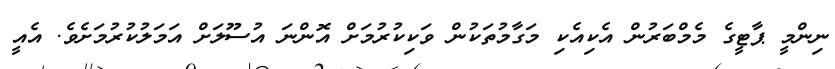
ނިންމީ ޕާޓީގެ މެމްބަރުން އެކިއެކި މަގާމުތަކުން ވަކިކުރުމަށް އޮންނަ އުސޫލަށް އަމަލުކުރުމަށެވެ. އެއީ